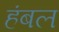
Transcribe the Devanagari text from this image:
हंबल